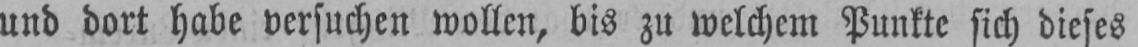
und dort habe versuchen wollen, bis zu welchem Punkte sich dieses